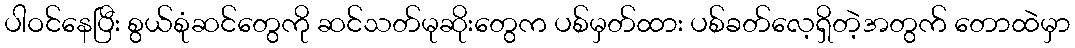
ပါဝင်နေပြီး စွယ်စုံဆင်တွေကို ဆင်သတ်မုဆိုးတွေက ပစ်မှတ်ထား ပစ်ခတ်လေ့ရှိတဲ့အတွက် တောထဲမှာ